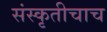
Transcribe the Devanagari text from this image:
संस्कृतीचाच